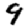
Digit: 9